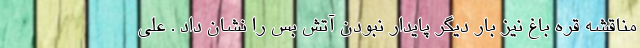
مناقشه قره باغ نیز بار دیگر پایدار نبودن آتش بس را نشان داد . علی